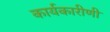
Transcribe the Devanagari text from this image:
कार्यकारीणी